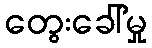
တွေးခေါ်မှု